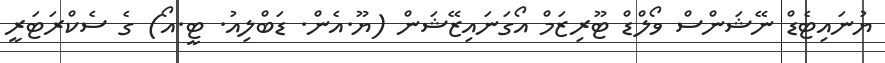
ޔުނައިޓެޑް ނޭޝަންސް ވޯލްޑް ޓޫރިޒަމް އޯގަނައިޒޭޝަން (ޔޫ.އެން. ޑަބްލިއު. ޓީ.އޯ) ގެ ސެކްރަޓަރީ